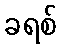
ခရစ်